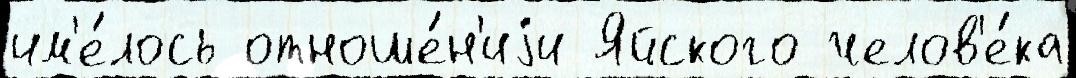
им'е́лось отноше́н'иjи Яйского челов'е́ка